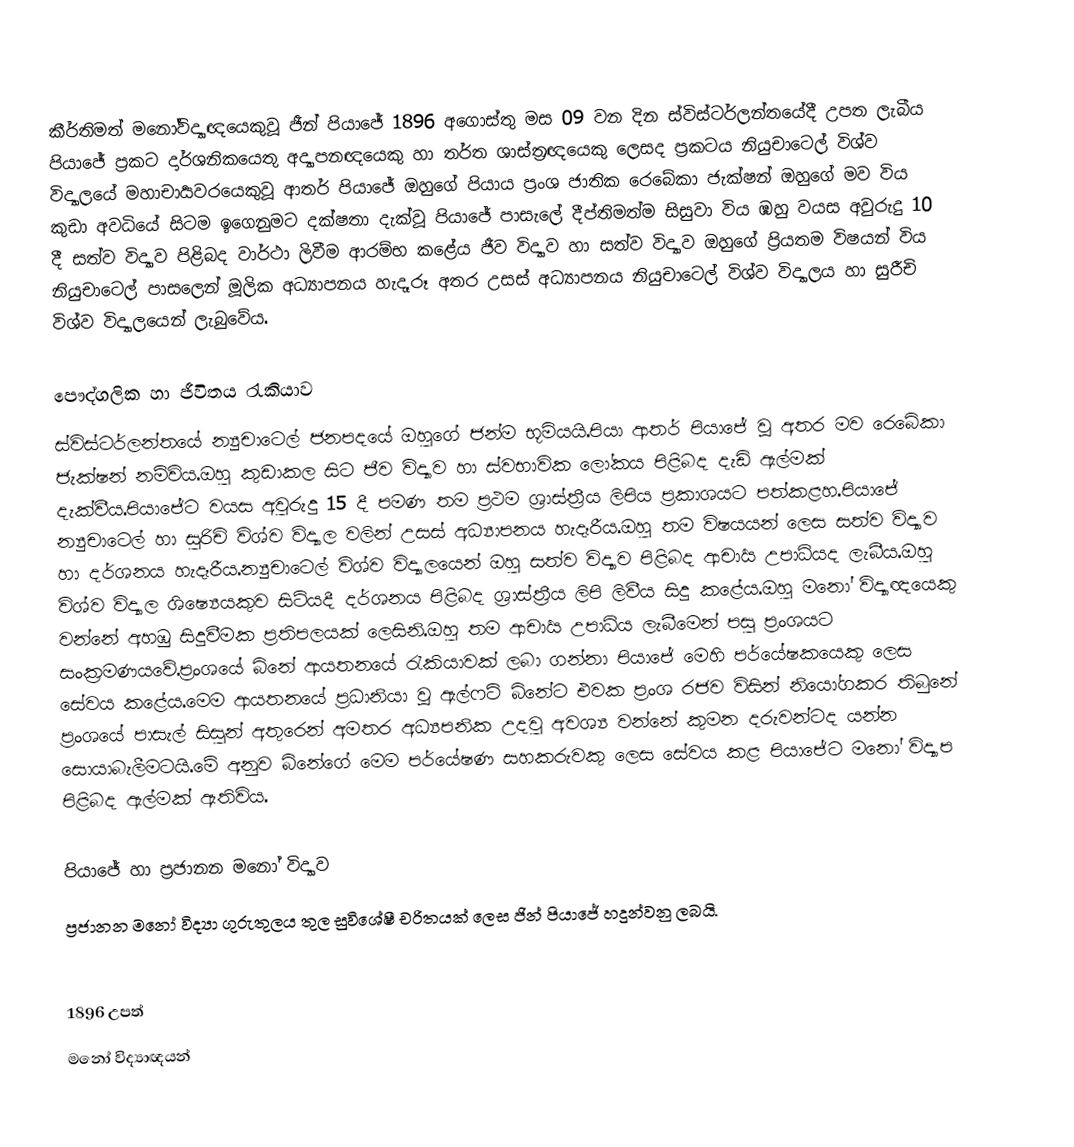
කීර්තිමත් මනෝවිද්‍යාඥයෙකුවූ ජීන් පියාජේ 1896 අගොස්තු මස 09 වන දින ස්විස්ටර්ලන්තයේදී උපත ලැබීය පියාජේ ප්‍රකට දාර්ශනිකයෙතු අද්‍යාපනඥයෙකු හා තර්ත ශාස්ත්‍රඥයෙකු ලෙසද ප්‍රකටය නියුචාටෙල් විශ්ව විද්‍යාලයේ මහාචාර්‍යවරයෙකුවූ ආතර් පියාජේ ඔහුගේ පියාය ප්‍රංශ ජාතික රෙබේකා ජැක්ෂන් ඔහුගේ මව විය කුඩා අවධියේ සිටම ඉගෙනුමට දක්ෂතා දැක්වූ පියාජේ පාසැලේ දීප්තිමත්ම සිසුවා විය ඹහු වයස අවුරුදු 10 දී සත්ව විද්‍යාව පිළිබද වාර්ථා ලිවීම ආරම්භ කළේය ජීව විද්‍යාව හා සත්ව විද්‍යාව ඔහුගේ ප්‍රියතම විෂයන් විය නියුචාටෙල් පාසලෙන් මූලික අධ්‍යාපනය හැදෑරූ අතර උසස් අධ්‍යාපනය නියුචාටෙල් විශ්ව විද්‍යාලය හා සුරීචි විශ්ව විද්‍යාලයෙන් ලැබුවේය.

පෞද්ගලික හා ජීවිතය රැකියාව
ස්විස්ටර්ලන්තයේ න්‍යුචාටෙල් ජනපදයේ ඔහුගේ ජන්ම භූමියයි.පියා ආතර් පියාජේ වූ අතර මව රෙබේකා ජැක්ෂන් නම්විය.ඔහු කුඩාකල සිට ජීව විද්‍යාව හා ස්වභාවික ලෝකය පිළිබද දැඩි ඇල්මක් දැක්වීය.පියාජේට වයස අවුරුදු 15 දී පමණ තම ප්‍රථම ශ්‍රාස්ත්‍රීය ලිපිය ප්‍රකාශයට පත්කළහ.පියාජේ න්‍යුචාටෙල් හා සුරිචි විශ්ව විද්‍යාල වලින් උසස් අධ්‍යාපනය හැදෑරීය.ඔහු තම විෂයයන් ලෙස සත්ව විද්‍යාව හා දර්ශනය හැදෑරීය.න්‍යුචාටෙල් විශ්ව විද්‍යාලයෙන් ඔහු සත්ව විද්‍යාව පිළිබද ආචාර්‍ය උපාධියද ලැබීය.ඔහු විශ්ව විද්‍යාල ශිෂ්‍යෙයකුව සිටියදී දර්ශනය පිළිබද ශ්‍රාස්ත්‍රීය ලිපි ලිවීය සිදු කළේය.ඔහු මනෝ විද්‍යාඥයෙකු වන්නේ අහඹු සිදුවීමක ප්‍රතිපලයක් ලෙසිනි.ඔහු තම ආචාර්‍ය උපාධිය ලැබීමෙන් පසු ප්‍රංශයට සංක්‍රමණයවේ.ප්‍රංශයේ බිනේ ආයතනයේ රැකියාවක් ලබා ගන්නා පියාජේ මෙහි පර්යේෂකයෙකු ලෙස සේවය කළේය.මෙම ආයතනයේ ප්‍රධානියා වූ ඇල්ෆට් බිනේට එවක ප්‍රංශ රජව විසින් නියෝගකර තිබුනේ ප්‍රංශයේ පාසැල් සිසුන් අතුරෙන් අමතර අධ්‍යපනික උදවු අවශ්‍ය වන්නේ කුමන දරුවන්ටද යන්න සොයාබැලීමටයි.මේ අනුව බිනේගේ මෙම පර්යේෂණ සහකරුවකු ලෙස සේවය කළ පියාජේට මනෝ විද්‍යාප පිළිබද ඇල්මක් ඇතිවිය.

පියාජේ හා ප්‍රජානන මනෝ විද්‍යාව
ප්‍රජානන මනෝ විද්‍යා ගුරුතුලය තුල සුවිශේෂී චරිතයක් ලෙස ජින් පියාජේ හදුන්වනු ලබයි.

1896 උපත්
මනෝ විද්‍යාඥයන්